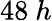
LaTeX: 48\ h